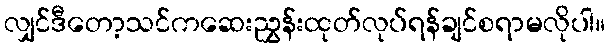
လျှင်ဒီတော့သင်ကဆေးညွှန်းထုတ်လုပ်ရန်ချင်စရာမလိုပါ။